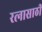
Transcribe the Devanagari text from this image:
रत्‍नासाठी